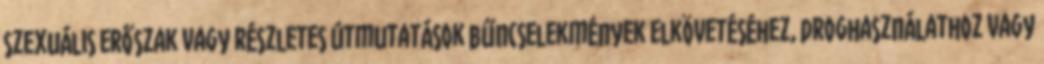
szexuális erőszak vagy részletes útmutatások bűncselekmények elkövetéséhez, droghasználathoz vagy